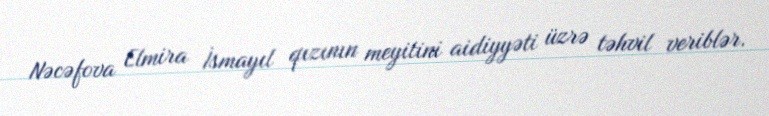
Nəcəfova Elmira İsmayıl qızının meyitini aidiyyəti üzrə təhvil veriblər.